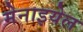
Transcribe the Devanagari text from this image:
मेनाइयेल